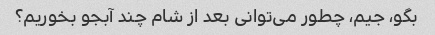
بگو، جیم، چطور می‌توانی بعد از شام چند آبجو بخوریم؟